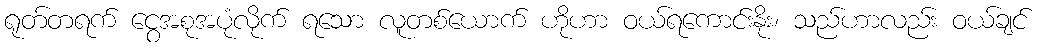
ရုတ်တရက် ငွေအစုအပုံလိုက် ရသော လူတစ်ယောက် ဟိုဟာ ဝယ်ရကောင်းနိုး၊ သည်ဟာလည်း ဝယ်ချင်